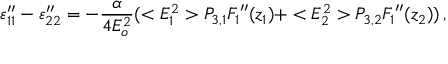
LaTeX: \varepsilon _ { 1 1 } ^ { \prime \prime } - \varepsilon _ { 2 2 } ^ { \prime \prime } = - { \frac { \alpha } { 4 E _ { o } ^ { 2 } } } ( < E _ { 1 } ^ { 2 } > P _ { 3 , 1 } { F _ { 1 } } ^ { \prime \prime } ( z _ { 1 } ) + < E _ { 2 } ^ { 2 } > P _ { 3 , 2 } { F _ { 1 } } ^ { \prime \prime } ( z _ { 2 } ) ) \, ,